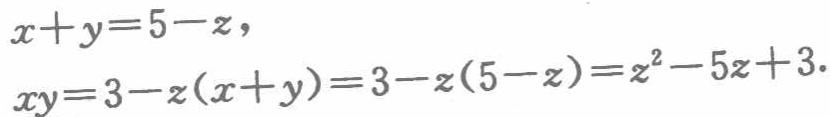
\[

\begin{align*}

x + y&=5 - z,\\

xy&=3 - z(x + y)=3 - z(5 - z)=z^{2}-5z + 3.

\end{align*}

\]